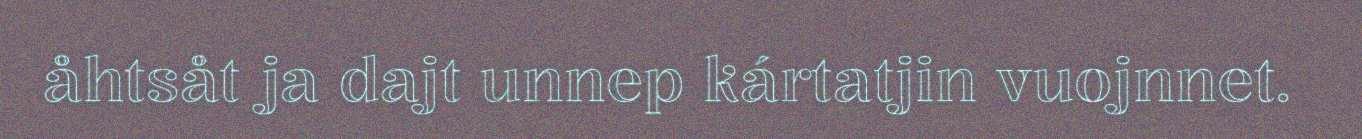
åhtsåt ja dajt unnep kártatjin vuojnnet.